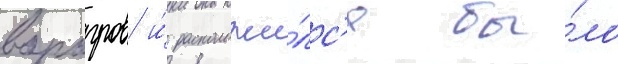
варагров и́ расположи́лс'я бы́ло